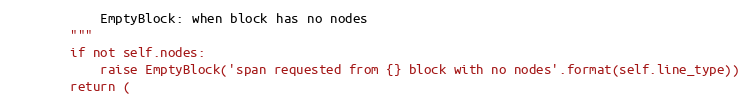
Language: Python
            EmptyBlock: when block has no nodes
        """
        if not self.nodes:
            raise EmptyBlock('span requested from {} block with no nodes'.format(self.line_type))
        return (